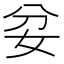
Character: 𡛑